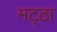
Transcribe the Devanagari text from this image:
मट्‌ठा